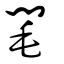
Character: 閐